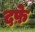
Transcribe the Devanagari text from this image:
दफ़े